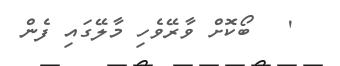
'   ބޯކޮށް ވާރޭވެހި މާލޭގައި ފެން